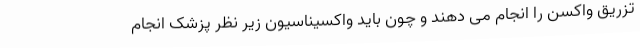
تزریق واکسن را انجام می دهند و چون باید واکسیناسیون زیر نظر پزشک انجام